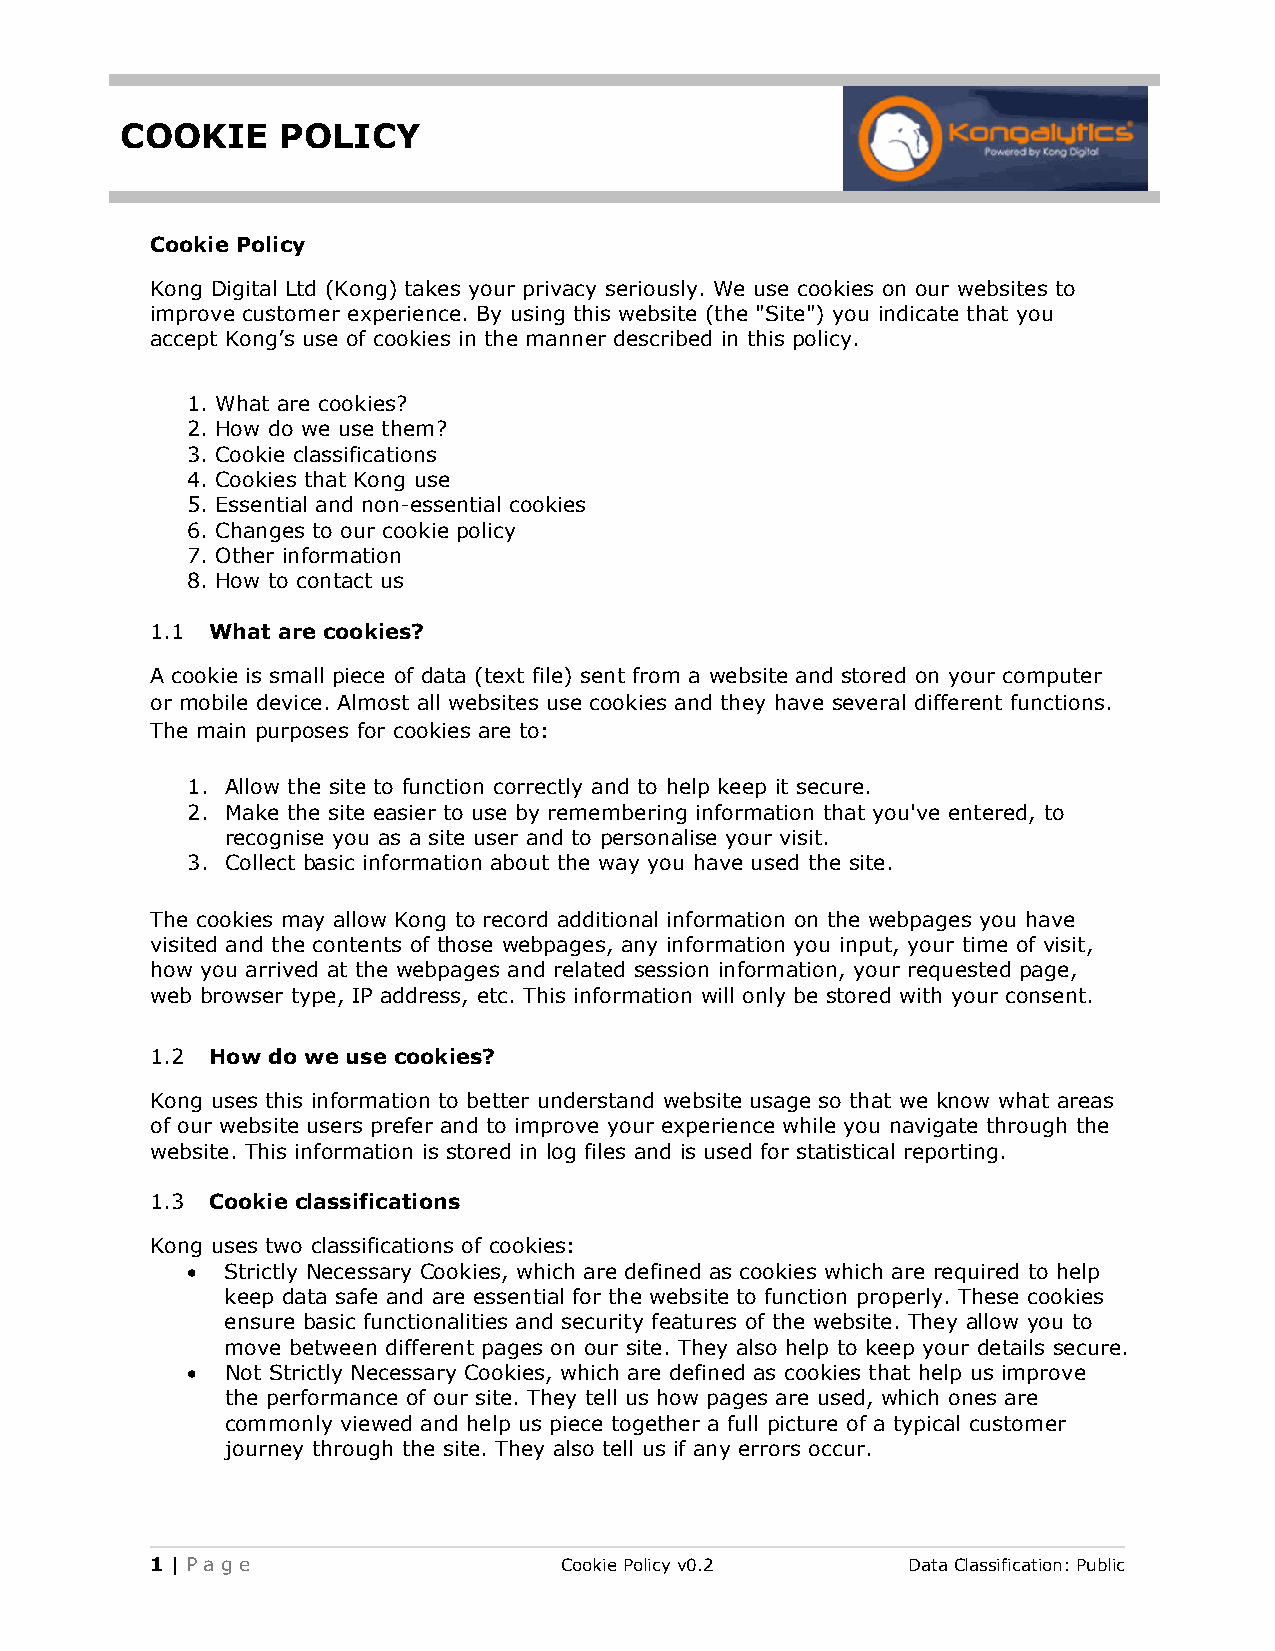
COOKIE    POLICY
 Cookie Policy
 Kong Digital Ltd (Kong) takes your privacy seriously. We use cookies on our websites to
 improve customer experience. By using this website (the "Site") you indicate that you
 accept Kong’s use of cookies in the manner described in this policy.
 1. What are cookies?
 2. How do we use them?
 3. Cookie classifications
 4. Cookies that Kong use
 5. Essential and non-essential cookies
 6. Changes to our cookie policy
 7. Other information
 8. How to contact us
 1.1 What are cookies?
 A cookie is small piece of data (text file) sent from a website and stored on your computer
 or mobile device. Almost all websites use cookies and they have several different functions.
 The main purposes for cookies are to:
 1. Allow the site to function correctly and to help keep it secure.
 2. Make the site easier to use by remembering information that you've entered, to
 recognise you as a site user and to personalise your visit.
 3. Collect basic information about the way you have used the site.
 The cookies may allow Kong to record additional information on the webpages you have
 visited and the contents of those webpages, any information you input, your time of visit,
 how you arrived at the webpages and related session information, your requested page,
 web browser type, IP address, etc. This information will only be stored with your consent.
 1.2 How do we use cookies?
 Kong uses this information to better understand website usage so that we know what areas
 of our website users prefer and to improve your experience while you navigate through the
 website. This information is stored in log files and is used for statistical reporting.
 1.3 Cookie classifications
 Kong uses two classifications of cookies:
   Strictly Necessary Cookies, which are defined as cookies which are required to help
 keep data safe and are essential for the website to function properly. These cookies
 ensure basic functionalities and security features of the website. They allow you to
 move between different pages on our site. They also help to keep your details secure.
   Not Strictly Necessary Cookies, which are defined as cookies that help us improve
 the performance of our site. They tell us how pages are used, which ones are
 commonly viewed and help us piece together a full picture of a typical customer
 journey through the site. They also tell us if any errors occur.
 1| Pag e                   CookiePolicyv0.2       DataClassification:Public